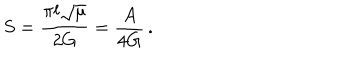
S = \frac { \pi l \sqrt { \mu } } { 2 G } = \frac { A } { 4 G } \, .